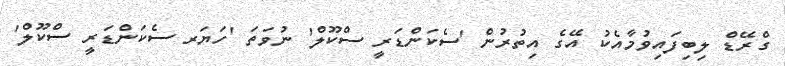
ގްރޭޑް ލިބިފައިވުމާއެކު އޭގެ އިތުރުން 'ސެކަންޑަރީ ސްކޫލް' ނުވަތަ 'ހަޔަރ ސެކަންޑަރީ ސްކޫލް'